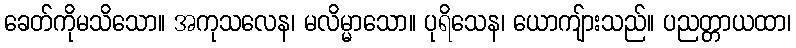
ခေတ်ကိုမသိသော။ အကုသလေန၊ မလိမ္မာသော။ ပုရိသေန၊ ယောကျ်ားသည်။ ပညတ္တာယထာ၊